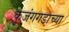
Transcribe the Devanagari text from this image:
कुजंगगडाच्या